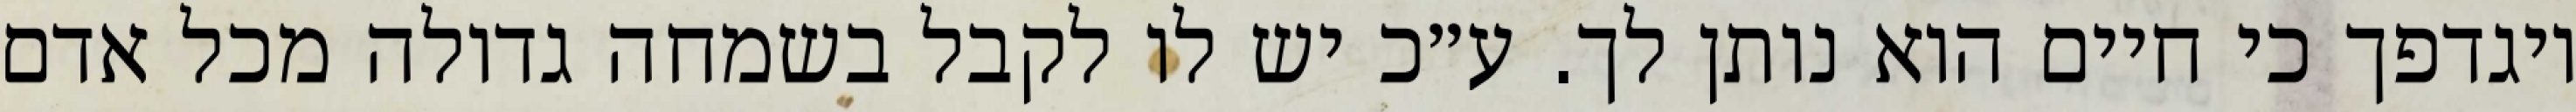
ויגדפך כי חיים הוא נותן לך. ע״כ יש לו לקבל בשמחה גדולה מכל אדם